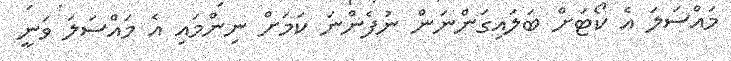
މައްސަލަ އެ ކޯޓަށް ބަލައިގަންނަން ނުފެންނަ ކަމަށް ނިންމައި އެ މައްސަލަ ވަނީ